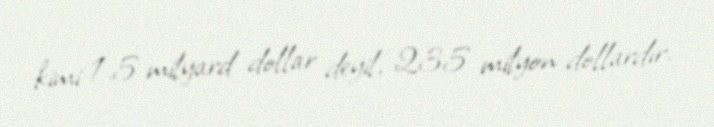
kimi 1.5 milyard dollar deyil, 235 milyon dollardır.